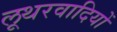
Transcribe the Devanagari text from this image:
लूथरवादियों